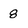
Character: 8